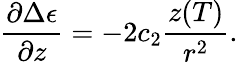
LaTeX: \frac{\partial\Delta\epsilon}{\partial z}=-2c_{2}\frac{z(T)}{r^{2}}.